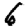
Digit: 6